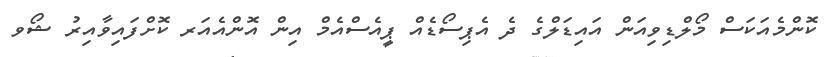
ކޮންމެއަކަސް މޯލްޑިވިއަން އައިޑަލްގެ ދެ އެޕިސޯޑެއް ޕީއެސްއެމް އިން އޮންއެއަރ ކޮށްފައިވާއިރު ޝޯވ